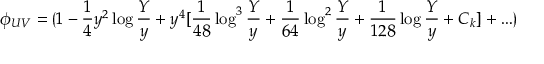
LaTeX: \phi _ { U V } = \lgroup 1 - { \frac { 1 } { 4 } } y ^ { 2 } \log { \frac { Y } { y } } + y ^ { 4 } [ { \frac { 1 } { 4 8 } } \log ^ { 3 } { \frac { Y } { y } } + { \frac { 1 } { 6 4 } } \log ^ { 2 } { \frac { Y } { y } } + { \frac { 1 } { 1 2 8 } } \log { \frac { Y } { y } } + C _ { k } ] + \ldots \rgroup